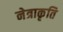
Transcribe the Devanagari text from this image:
नेत्राकृति